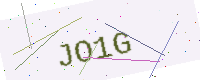
Text: JO1G